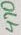
Text: 470